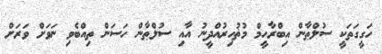
ހަގީގަތަކީ ސުލްޠާން އިބްރާހީމް މުޡުހިރުއްދީނު އާއި ސުލްޠާން ހަސަން ތިއްބެވި ނަވަށް ވަރަށް